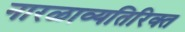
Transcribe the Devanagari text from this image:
नारळाव्यतिरिक्त